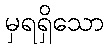
မှရရှိသော